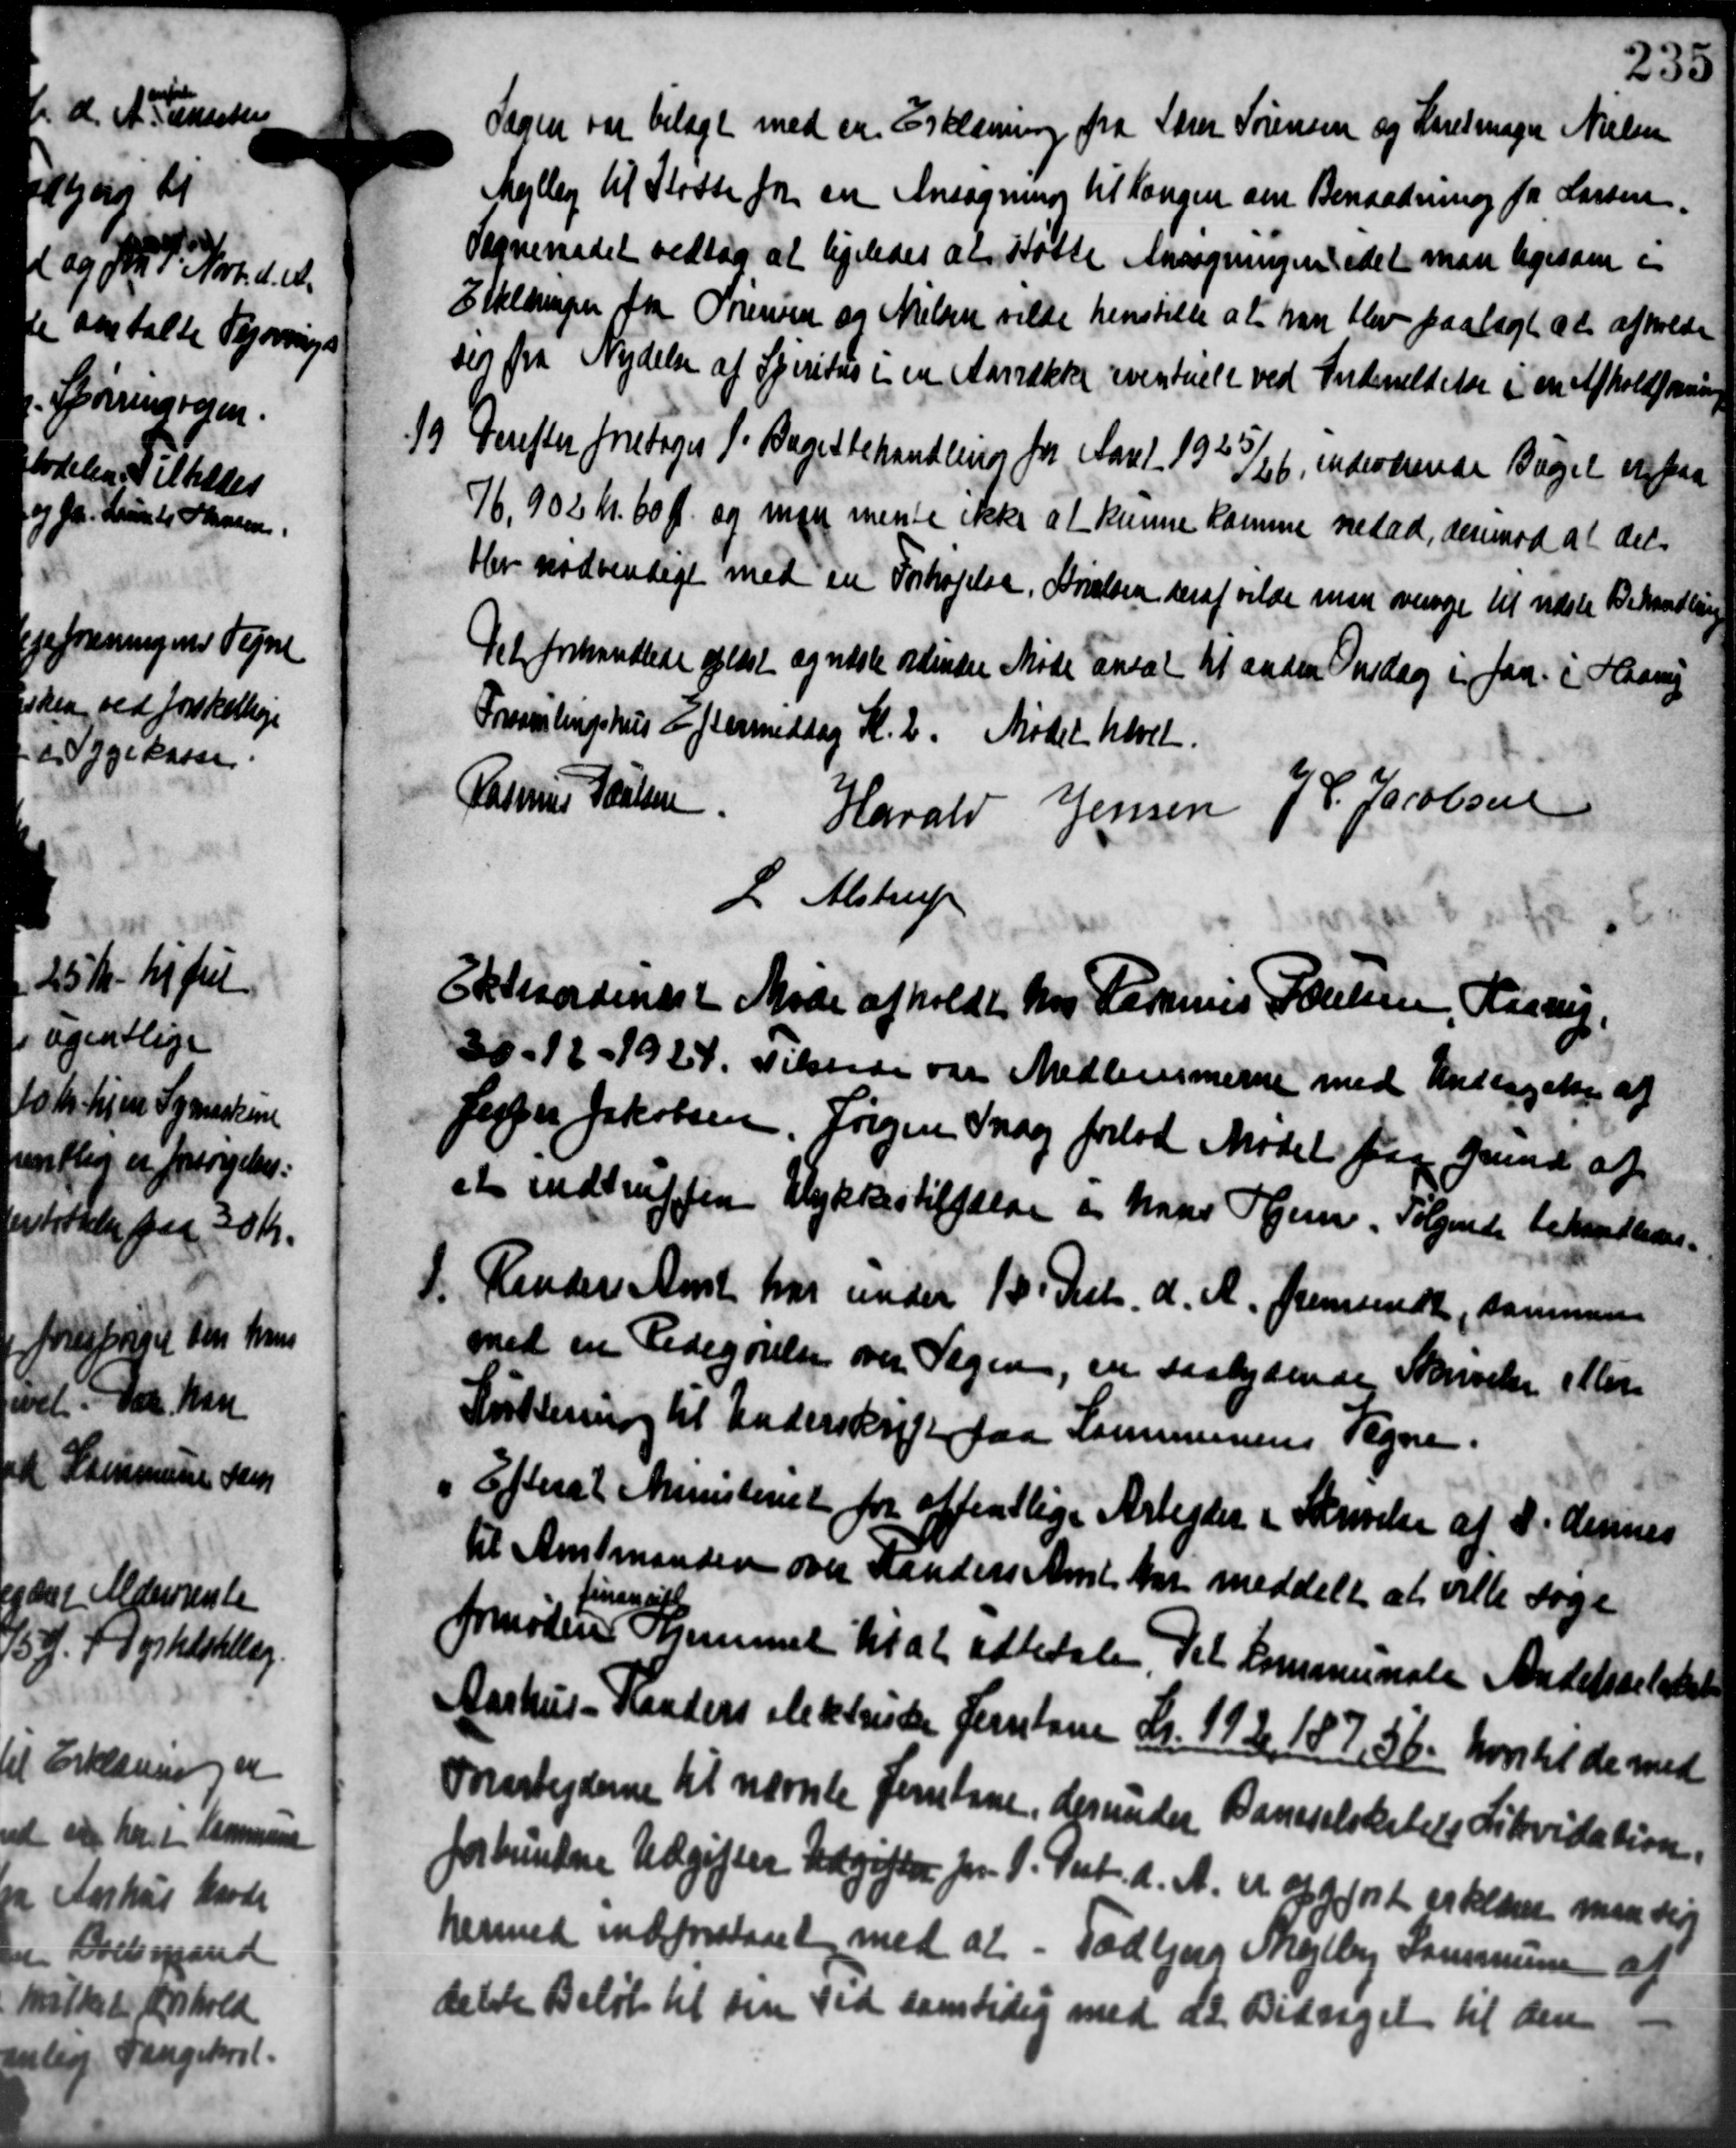
Transskription:
Sagen var bilagt med en Erklæring fra Lærer Sørensen og Karetmager Nielsen
Mejlby til Stadste for en Ansøgning til Kongen om Benardning for Larsen.
Sogneraadet vedtog at ligeledes at støtte Ansøgningen idet man ligesom i
Etheldingen fra Sørensen og Nielsen vilde henstille at han blev paalagt at afholde
seg fra Nydelse af Spiritus i en Aarrækker eventuelt ved Indeveldelse i en Afholdsonninge
19. Derefter foretoges 1. Bagetbehandling fra Aaret 1923/26, indeværende Bagget vil paa
19. Derefter foretoges 1. Bagetbehandling fra Aaret 1923/26, indeværende Bagget vil paa
76,902 kr. 60 Ø og man mente ikke at kunne Kamme medad, derimod at del-
bler nødvendige med en Forhøjelse, Arielsen deraf vilde man overige til næste Behandling
Det forhandlede oplæst og næste ordinære Møde ansat til anden Onsdag i Jan. i Haan
Foresselingshus Eftermiddag Kl. 2. Mødet hævet.
Rasmus Poulsen
Harald Jensen J. P. Jacobsen
L. Alstrup
Ekkordinært Møde afholdt hos Rasmus Poulsen, Haarup,
35-12-1924. Tilsende var Medlemmerne med Undtagelse af
Jesper Jakobsen, Jørgen Snog forlod Mødet paa Grund af
at indtruffen Ulykkestilfælde og hans Hjem. Følgende behandledes.
P. Randers Amt har under 18 Decbr. d. A. fremsendt, sammen
P. Randers Amt har under 18 Decbr. d. A. fremsendt, sammen
med en Redegørelse over Sagen, en saalydende Skrivelse eller
Suktening til Underskrift paa Kommunens Tegne.
" Efterat Ministeriet for offentlige Arbejder i Skrivelse af S. dennes
til Amtmanden over Randers Amt at meddelt at ville søge
fornøden Hjemmel til at udbetale Til Kommunale Andelsselatet
finnant
Aarhus - Randers elektriske Jernbane Kr. 1922, 187, 56, hvortil de med
Forarbejderne til nævnte forstane, der under Baneselskabets Likvidation.
forbundne Udgifter Udgifter fra 1. Pkt. d. A. A. af 90 Kr erklærer man den
hermed indforstaaet med at - Todbjerg Mejlby Kommune af
delte Beløb til sin Tid samtidig med de Bidraget til den